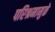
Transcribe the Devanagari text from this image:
परिश्रमामुळे